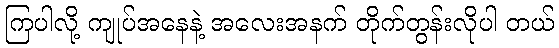
ကြပါလို့ ကျုပ်အနေနဲ့ အလေးအနက် တိုက်တွန်းလိုပါ တယ်